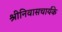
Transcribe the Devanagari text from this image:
श्रीनिवासचार्यके